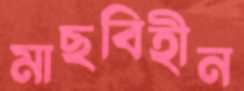
মাছবিহীন